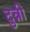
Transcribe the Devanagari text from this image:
दुन्नी